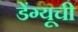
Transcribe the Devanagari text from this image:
डेंग्यूची